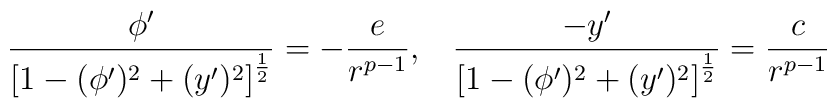
\frac {\phi^{\prime}}{\left[1-(\phi^{\prime})^2+(y^{\prime})^2\right]^{\frac{1}{2}}}=-\frac{e}{r^{p-1}},\;\;\;\frac{-y^{\prime}}{\left[1-(\phi^{\prime})^2+(y^{\prime})^2\right]^{\frac{1}{2}}}=\frac{c}{r^{p-1}}